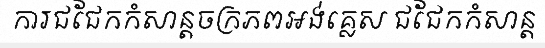
ការជជែកកំសាន្តចក្រភពអង់គ្លេស ជជែកកំសាន្ត